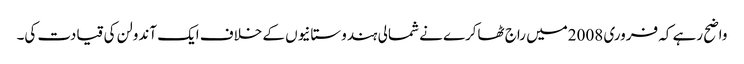
واضح رہے کہ فروری 2008میں راج ٹھاکرے نے شمالی ہندوستانیوں کے خلاف ایک آندولن کی قیادت کی۔